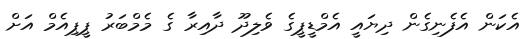
އެކަން އެފެނިގެން ދިޔައީ އެމްޑީޕީގެ ވެލިދޫ ދާއިރާ ގެ މެމްބަރު ޕީޕިއެމް އަށް